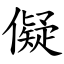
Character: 儗